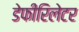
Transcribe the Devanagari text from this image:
डेफीरिलेटर